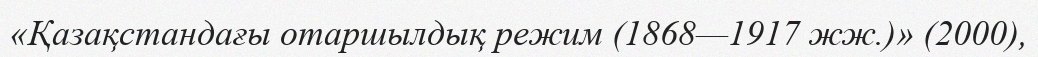
«Қазақстандағы отаршылдық режим (1868—1917 жж.)» (2000),